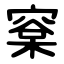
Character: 㮤